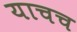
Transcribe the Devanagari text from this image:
याचच